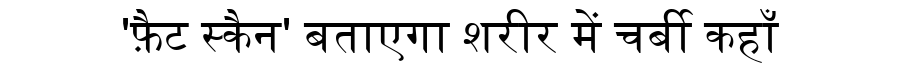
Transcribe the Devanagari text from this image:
'फ़ैट स्कैन' बताएगा शरीर में चर्बी कहाँ